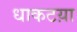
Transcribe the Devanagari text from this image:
धाकटय़ा